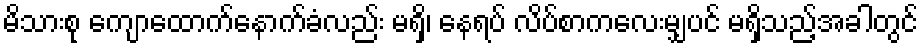
မိသားစု ကျောထောက်နောက်ခံလည်း မရှိ၊ နေရပ် လိပ်စာကလေးမျှပင် မရှိသည့်အခါတွင်